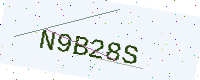
Text: N9B28S